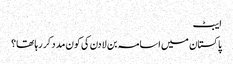
ایبٹ
پاکستان میں اسامہ بن لادن کی کون مدد کر رہا تھا؟